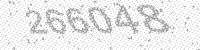
Solution: 266048